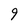
Character: 9